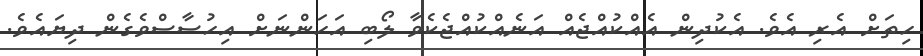
ހިތަށް އެރި އެވެ. އެކުދިން އެއްކުއްޖެއް އަނެއްކުއްޖެކެވާ ލޯބި އަހަންނަށް އިހުސާސްވެގެން ދިޔައެވެ.